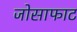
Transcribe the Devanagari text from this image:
जोसाफाट